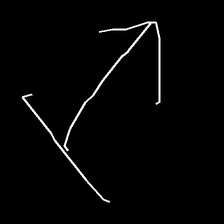
Glyph: levitation